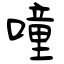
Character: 噇